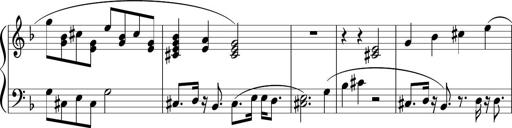
Title: Sonataette
Composer: Gergely Laszlo Matyas Jambor